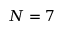
N = 7